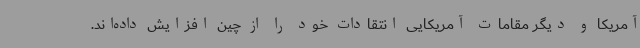
آمریکا و دیگر مقامات آمریکایی انتقادات خود را از چین افزایش داده‌اند.